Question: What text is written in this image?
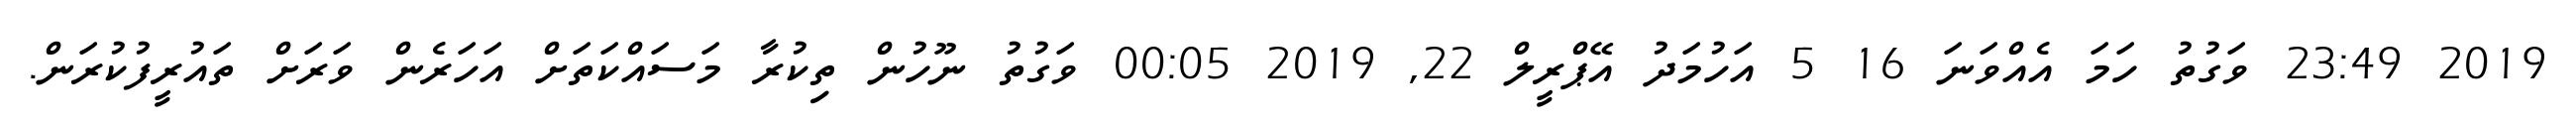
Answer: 2019 23:49 ވަގުތު ހަމަ އެއްވަނަ 16 5 އަހުމަދު އޭޕްރީލް 22, 2019 00:05 ވަގުތު ނޫހުން ތިކުރާ މަސައްކަތަށް އަހަރެން ވަރަށް ތައުރީފުކުރަން.